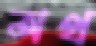
অথ